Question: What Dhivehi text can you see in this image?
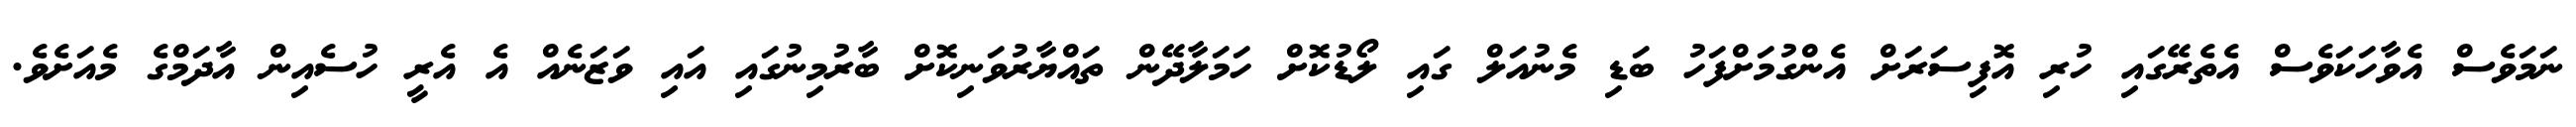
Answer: ނަމަވެސް އެވާހަކަވެސް އެތެރޭގައި ހުރި އޮފިސަރަށް އެންގުމަށްފަހު ބަޑި މެނުއަލް ގައި ލޯޑުކޮށް ހަމަލާދޭން ތައްޔާރުވަނިކޮށް ބާރުމިނުގައި އައި ވަޒަނެއް އެ އެރީ ހުސެއިން އާދަމްގެ މެއަށެވެ.